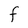
Character: F